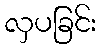
လှပခြင်း